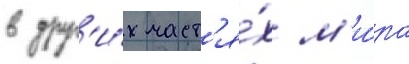
в друг'и́х част'я́х м'и́ра